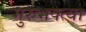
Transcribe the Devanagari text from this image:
गुरुभक्त्या